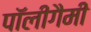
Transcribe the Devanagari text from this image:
पॉलीगैमी